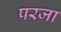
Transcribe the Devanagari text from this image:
परजा